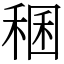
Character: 稛